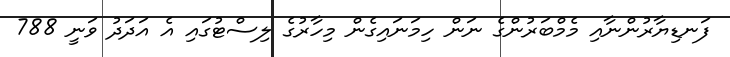
ފަނޑިޔާރުންނާއި މެމްބަރުންގެ ނަން ހިމަނައިގެން މިހާރުގެ ލިސްޓުގައި އެ އަދަދު ވަނީ 788